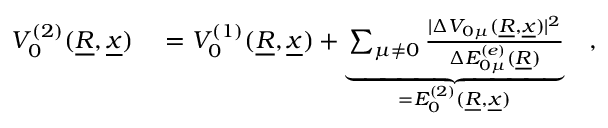
\begin{array} { r l } { V _ { 0 } ^ { ( 2 ) } ( \underline { { R } } , \underline { { x } } ) } & { { } = V _ { 0 } ^ { ( 1 ) } ( \underline { { R } } , \underline { { x } } ) + \underbrace { \sum _ { \mu \neq 0 } \frac { \vert \Delta V _ { 0 \mu } ( \underline { { R } } , \underline { { x } } ) \vert ^ { 2 } } { \Delta E _ { 0 \mu } ^ { ( e ) } ( \underline { { R } } ) } } _ { = E _ { 0 } ^ { ( 2 ) } ( \underline { { R } } , \underline { { x } } ) } \quad , } \end{array}